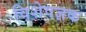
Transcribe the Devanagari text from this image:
विशेषज्ञक